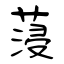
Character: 蓡